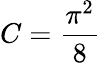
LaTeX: C={\frac{\pi^{2}}{8}}